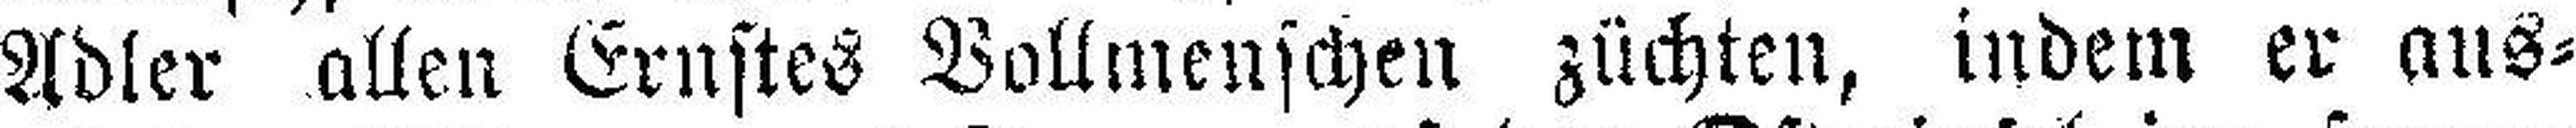
Adler allen Ernstes Vollmenschen züchten, indem er aus¬